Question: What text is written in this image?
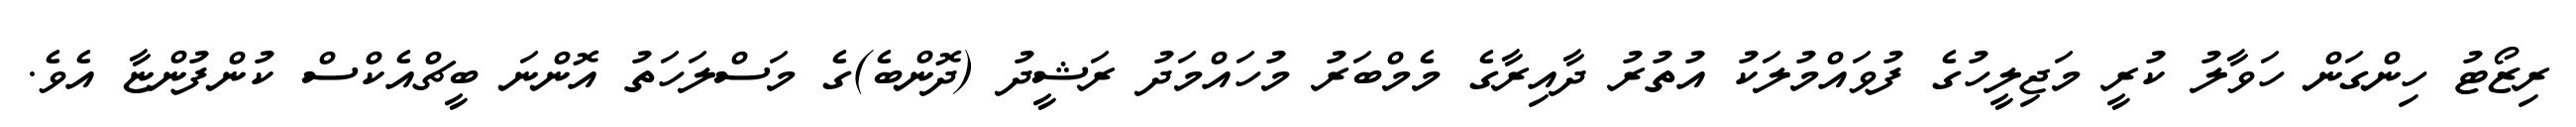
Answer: ރިޒޯޓު ހިންގަން ހަވާލު ކުރީ މަޖިލީހުގެ ފުވައްމުލަކު އުތުރު ދާއިރާގެ މެމްބަރު މުހައްމަދު ރަޝީދު (ދޮންބެ)ގެ މަސްލަހަތު އޮންނަ ބީޗްއެކްސް ކުންފުންޏާ އެވެ.